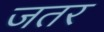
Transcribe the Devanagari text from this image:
जतर